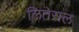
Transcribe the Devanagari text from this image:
लितेराल